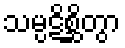
သမ္ပဋိစ္ဆိတွာ